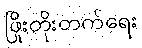
ဖြိုးတိုးတက်ရေး